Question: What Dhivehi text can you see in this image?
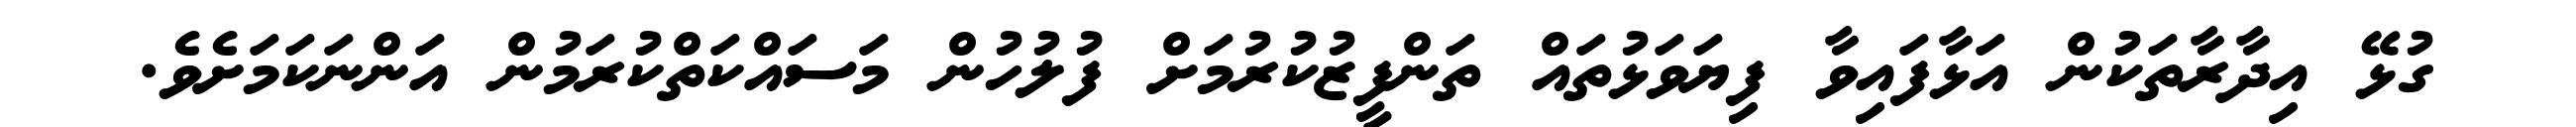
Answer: ގުޅޭ އިދާރާތަކުން އަޅާފައިވާ ފިޔަވަޅުތައް ތަންފީޒުކުރުމަށް ފުލުހުން މަސައްކަތްކުރަމުން އަންނަކަމަށެވެ.